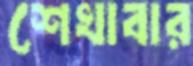
শেখাবার